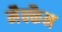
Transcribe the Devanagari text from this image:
मैक्कैन